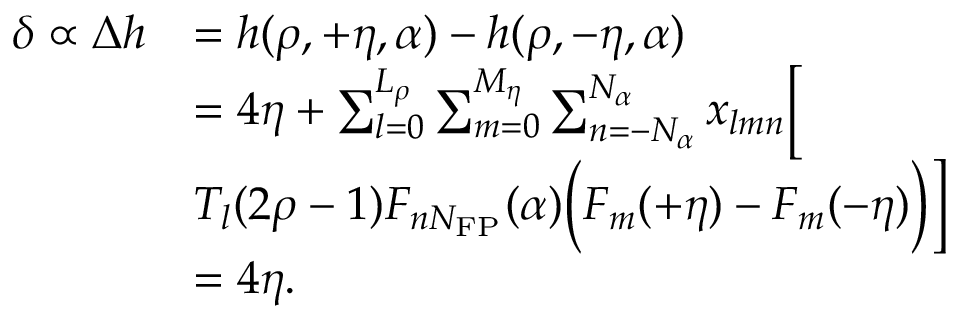
\begin{array} { r l } { \delta \propto \Delta h } & { = h ( \rho , + \eta , \alpha ) - h ( \rho , - \eta , \alpha ) } \\ & { = 4 \eta + \sum _ { l = 0 } ^ { L _ { \rho } } \sum _ { m = 0 } ^ { M _ { \eta } } \sum _ { n = - N _ { \alpha } } ^ { N _ { \alpha } } x _ { l m n } \Big [ } \\ & { T _ { l } ( 2 \rho - 1 ) F _ { n N _ { \mathrm { F P } } } ( \alpha ) \Big ( F _ { m } ( + \eta ) - F _ { m } ( - \eta ) \Big ) \Big ] } \\ & { = 4 \eta . } \end{array}